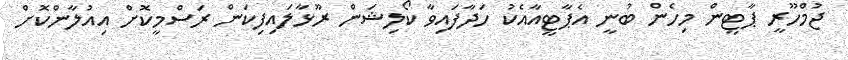
ޖުމްހޫރީ ޕާޓީން މިހެން ބުނީ އެޕާޓީއާއެކު ހަދާފައިވާ ކޯލިޝަން ރޫޅާލައިފިކަން ރަސްމީކޮށް އިއުލާންކޮށް